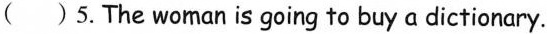
( ) 5.The woman is going to buy a dictionary.